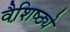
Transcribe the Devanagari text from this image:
वैशि़ष्ठ्ये